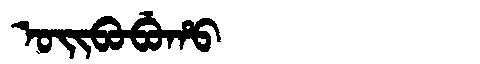
Manchu: ᠣᡳᠪᠣᠪᡠᡥᠣ
Romanization: OIBOBUHO